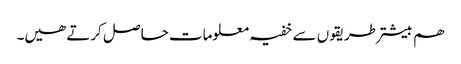
ھم بیشتر طریقوں ‎سے خفیہ معلومات حاصل کرتے ھیں۔